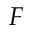
F